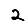
Digit: 2